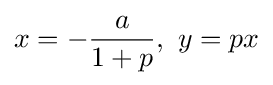
x=-{\frac {a}{1+p}},\ y=px